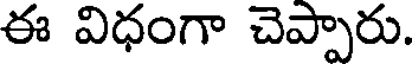
ఈ విధంగా చెప్పారు.